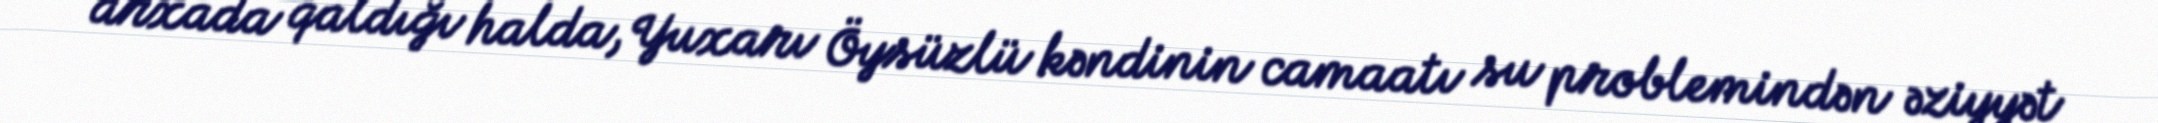
arxada qaldığı halda, Yuxarı Öysüzlü kəndinin camaatı su problemindən əziyyət